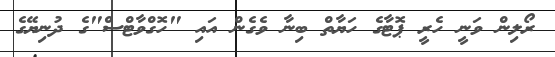
ރޯލިން ވަނީ ހެރީ ޕޮޓާގެ ހަޔާތް ބިނާ ވެގެން އައި "ހޮގްވާޓްސް"ގެ ދުނިޔޭގެ